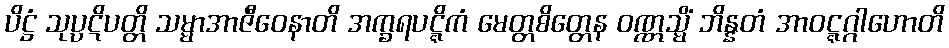
ပိဋ္ဌံ သုပ္ပဋိပတ္တိ သမ္မာအာဇီဝေနာတိ အက္ခရပဋ္ဋိကံ မေတ္တစိတ္တေန ဝဏ္ဏသ္မိံ ဘိန္နတံ အာဝဋ္ဋဂ္ဂါဟောတိ